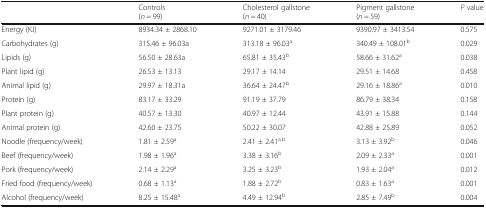
<table><thead><tr><td></td><td><b>Controls(<i>n</i> = 99)</b></td><td><b>Cholesterol gallstone(<i>n</i> = 40)</b></td><td><b>Pigment gallstone(<i>n</i> = 59)</b></td><td><b><i>P</i> value</b></td></tr></thead><tbody><tr><td>Energy (KJ)</td><td>8934.34 ± 2868.10</td><td>9271.01 ± 3179.46</td><td>9390.97 ± 3413.54</td><td>0.575</td></tr><tr><td>Carbohydrates (g)</td><td>315.46 ± 96.03a</td><td>313.18 ± 96.03<sup>a</sup></td><td>340.49 ± 108.01<sup>b</sup></td><td>0.029</td></tr><tr><td>Lipids (g)</td><td>56.50 ± 28.63a</td><td>65.81 ± 35.43<sup>b</sup></td><td>58.66 ± 31.62<sup>a</sup></td><td>0.038</td></tr><tr><td>Plant lipid (g)</td><td>26.53 ± 13.13</td><td>29.17 ± 14.14</td><td>29.51 ± 14.68</td><td>0.458</td></tr><tr><td>Animal lipid (g)</td><td>29.97 ± 18.31a</td><td>36.64 ± 24.47<sup>b</sup></td><td>29.16 ± 18.86<sup>a</sup></td><td>0.010</td></tr><tr><td>Protein (g)</td><td>83.17 ± 33.29</td><td>91.19 ± 37.79</td><td>86.79 ± 38.34</td><td>0.158</td></tr><tr><td>Plant protein (g)</td><td>40.57 ± 13.30</td><td>40.97 ± 12.44</td><td>43.91 ± 15.88</td><td>0.144</td></tr><tr><td>Animal protein (g)</td><td>42.60 ± 23.75</td><td>50.22 ± 30.07</td><td>42.88 ± 25.89</td><td>0.052</td></tr><tr><td>Noodle (frequency/week)</td><td>1.81 ± 2.59<sup>a</sup></td><td>2.41 ± 2.41<sup>a,b</sup></td><td>3.13 ± 3.92<sup>b</sup></td><td>0.046</td></tr><tr><td>Beef (frequency/week)</td><td>1.98 ± 1.96<sup>a</sup></td><td>3.38 ± 3.16<sup>b</sup></td><td>2.09 ± 2.33<sup>a</sup></td><td>0.001</td></tr><tr><td>Pork (frequency/week)</td><td>2.14 ± 2.29<sup>a</sup></td><td>3.25 ± 3.23<sup>b</sup></td><td>1.93 ± 2.04<sup>a</sup></td><td>0.012</td></tr><tr><td>Fried food (frequency/week)</td><td>0.68 ± 1.13<sup>a</sup></td><td>1.88 ± 2.72<sup>b</sup></td><td>0.83 ± 1.63<sup>a</sup></td><td>0.001</td></tr><tr><td>Alcohol (frequency/week)</td><td>8.25 ± 15.48<sup>a</sup></td><td>4.49 ± 12.94<sup>b</sup></td><td>2.85 ± 7.49<sup>b</sup></td><td>0.004</td></tr></tbody></table>